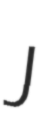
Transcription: J